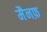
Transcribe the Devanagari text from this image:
मैनफ़